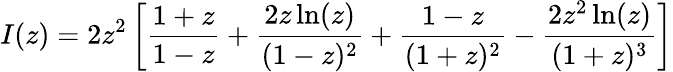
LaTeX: I(z)=2z^{2}\left[\frac{1+z}{1-z}+\frac{2z\ln(z)}{(1-z)^{2}}+\frac{1-z}{(1+z)^{2}}-\frac{2z^{2}\ln(z)}{(1+z)^{3}}\right]